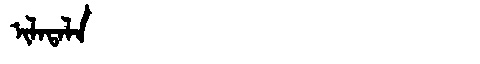
Manchu: ᡳᠯᠠᡨᠠᠯᠠ
Romanization: ILATALA